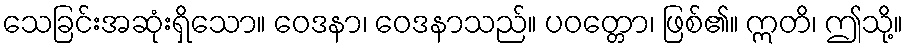
သေခြင်းအဆုံးရှိသော။ ဝေဒနာ၊ ဝေဒနာသည်။ ပဝတ္တော၊ ဖြစ်၏။ ဣတိ၊ ဤသို့။